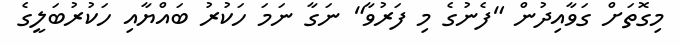
މިގޮތަށް ގަވާއިދުން "ފެނުގެ މި ފަރުވާ" ނަގާ ނަމަ ހަކުރު ބައްޔާއި ހަކުރުބަލީގެ